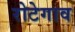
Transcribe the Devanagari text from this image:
रोटेगाव